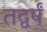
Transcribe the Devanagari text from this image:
तद्वर्षं